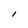
Character: l